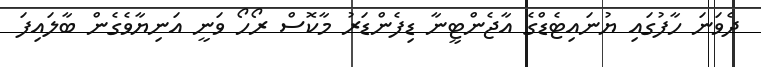
ދެވަނަ ހާފުގައި ޔުނައިޓެޑްގެ އާޖެންޓީނާ ޑިފެންޑަރު މާކޮސް ރޯހޯ ވަނީ އަނިޔާވެގެން ބާލައިފަ